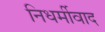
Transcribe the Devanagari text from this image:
निधर्मीवाद